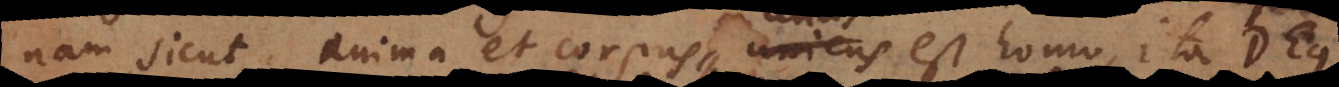
nam sicut anima et corpus unus est homo, ita Deus